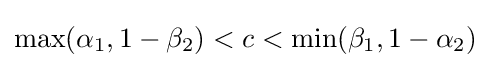
\max(\alpha _{1},1-\beta _{2})<c<\min(\beta _{1},1-\alpha _{2})